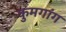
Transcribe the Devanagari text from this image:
कुमगांग